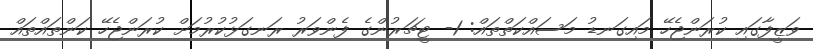
ވަޒީފާގައި ކުރަންޖެހޭ މައިގަނޑު މަސައްކަތްތައް: 1- ޓީޗަރުންގެ ފެންވަރު ރަނގަޅުކުރުމަށް ކުރަންޖެހޭ ކަންތައްތައް